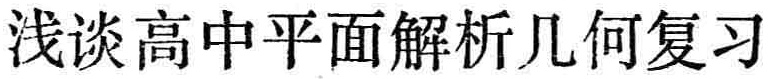
浅谈高中平面解析几何复习